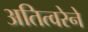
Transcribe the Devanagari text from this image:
अतित्वरेने